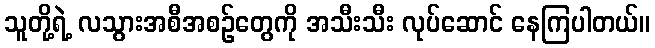
သူတို့ရဲ့ လသွားအစီအစဉ်တွေကို အသီးသီး လုပ်ဆောင် နေကြပါတယ်။